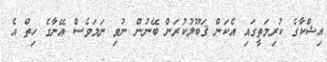
އިޝްކާގެ ކުރިމަތީގައި އެކަން ޤަބޫލުކުރަން ބޭނުން ނުވި ނަމަވެސް އޭނާގެ ހިތް އެ